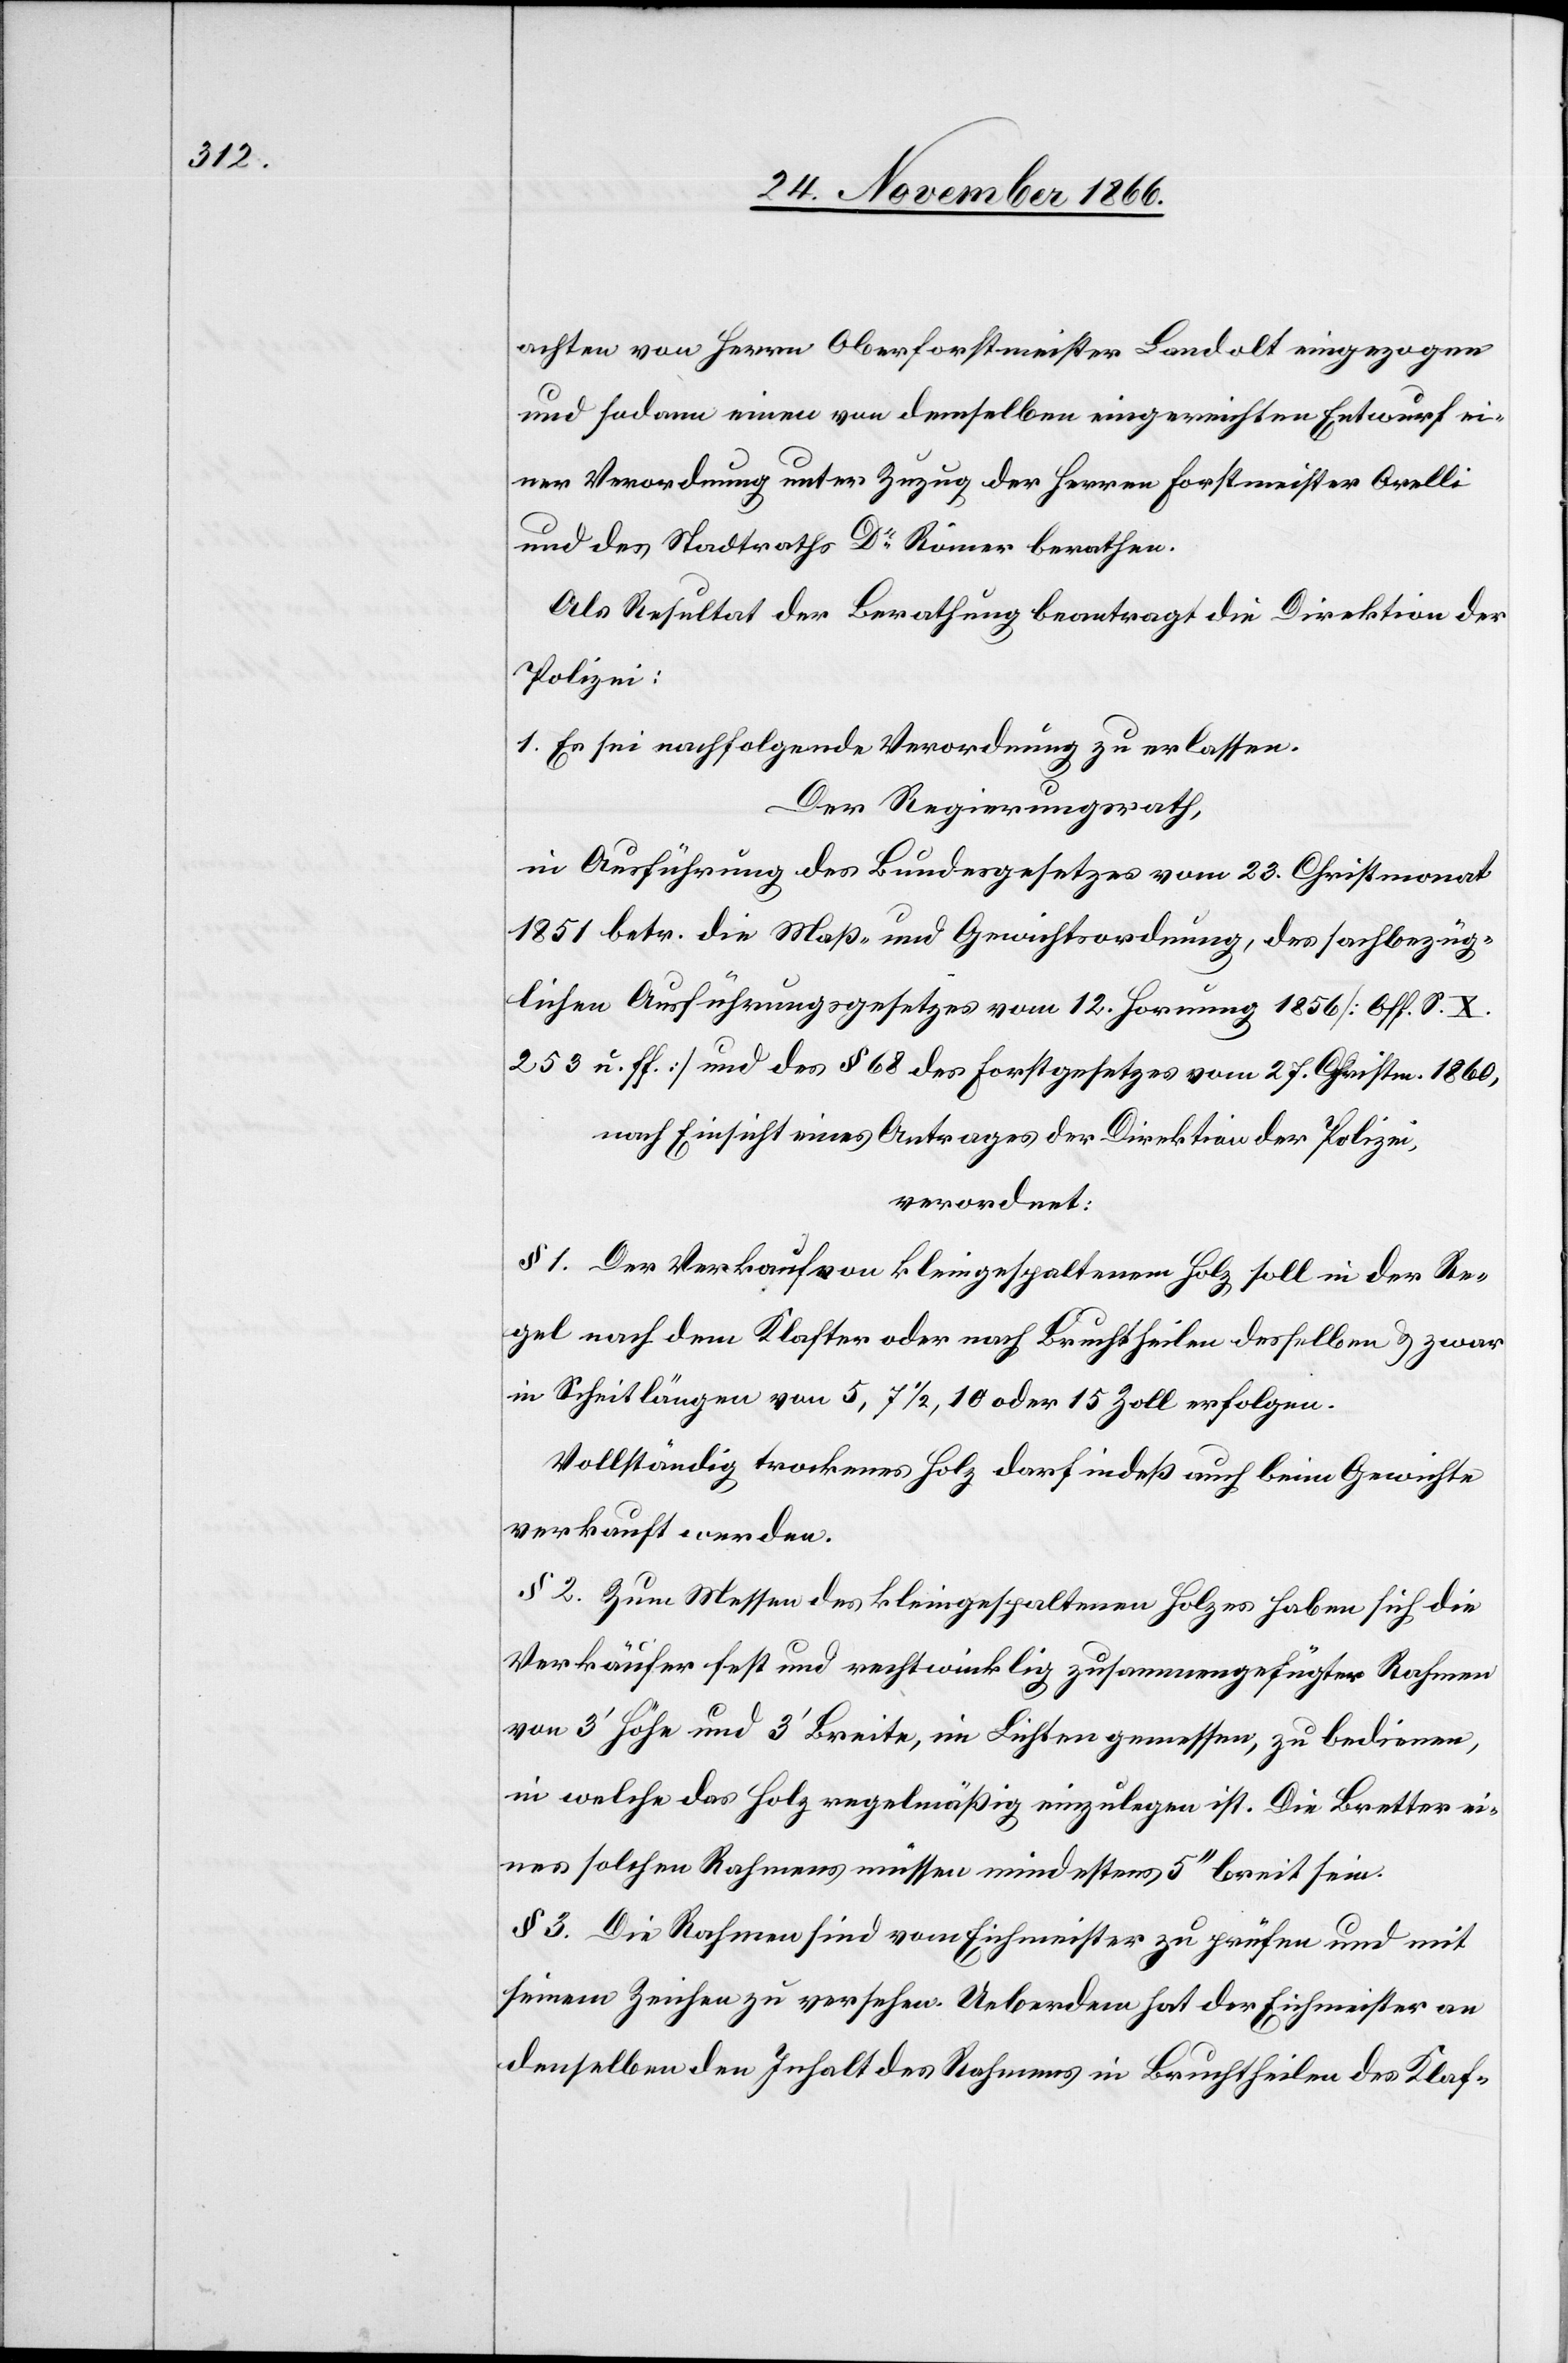
achten von Herrn Oberforstmeister Landolt eingezogen
und sodann einen von demselben eingereichten Entwurf ei¬
ner Verordnung unter Zuzug der Herren Forstmeister Orelli
und des Stadtraths Dr. Römer berathen.
Als Resultat der Berathung beantrag die Direktion der
Polizei:
1. Es sei nachfolgende Verordnung zu erlassen.
Der Regierungsrath,
in Ausführung des Bundesgesetzes vom 23. Christmonat
1851 betr. die Maß- und Gewichtsordnung, des sachbezüg¬
lichen Ausführungsgesetzes vom 12. Hornung 1856 [Off. S. X.
253. u. ff.] und des § 68 des Forstgesetzes vom 27. Christm. 1860,
nach Einsicht eines Antrages der Direktion der Polizei,
verordnet:
§ 1. Der Verkauf von kleingespaltenem Holz soll in der Re¬
gel nach dem Klafter oder nach Bruchtheilen desselben & zwar
in Scheitlängen von 5, 7 1/2, 10 oder 15 Zoll erfolgen.
Vollständig trockenes Holz darf indeß auch beim Gewichte
verkauft werden.
§ 2. Zum Messen des kleingespaltenen Holzes haben sich die
Verkäufer fest und rechtwinklig zusammengefügter Rahmen
von 3‘ Höhe und 3‘ Breite, im Lichten gemessen, zu bedienen,
in welche das Holz regelmäßig einzulegen ist. Die Bretter ei¬
nes solchen Rahmens müssen mindestens 5‘‘ breit sein.
§ 3. Die Rahmen sind vom Eichmeister zu prüfen und mit
seinem Zeichen zu versehen. Ueberdem hat der Eichmeister an
denselben den Inhalt des Rahmens in Bruchtheilen des Klaf-